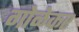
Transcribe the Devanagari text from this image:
गोळेकर